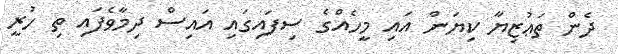
ދެން ތަޢުޒިޔާ ކިޔަން އައި މީހެއްގެ ސިފައިގައި އައިސް ދިމާވެފައި ތި ހުރީ